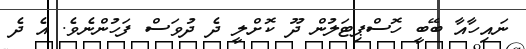
ނައިހާއާ ބޭބީ ހޮސްޕިޓަލުން ދޫ ކޮށްލީ ދެ ދުވަސް ފަހުންނެވެ. އެ ދެ